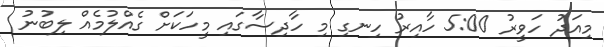
މިއަދު ހަވީރު 5:00 ހާއިރު ހިނގި މި ހާދިސާގައި މީހަކަށް ގެއްލުމެއް ލިބުނު